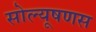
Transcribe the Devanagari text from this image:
सोल्यूषणस